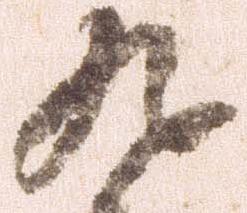
九